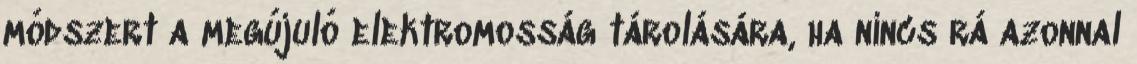
módszert a megújuló elektromosság tárolására, ha nincs rá azonnal